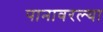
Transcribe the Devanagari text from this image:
पानावरल्या